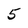
Character: 5